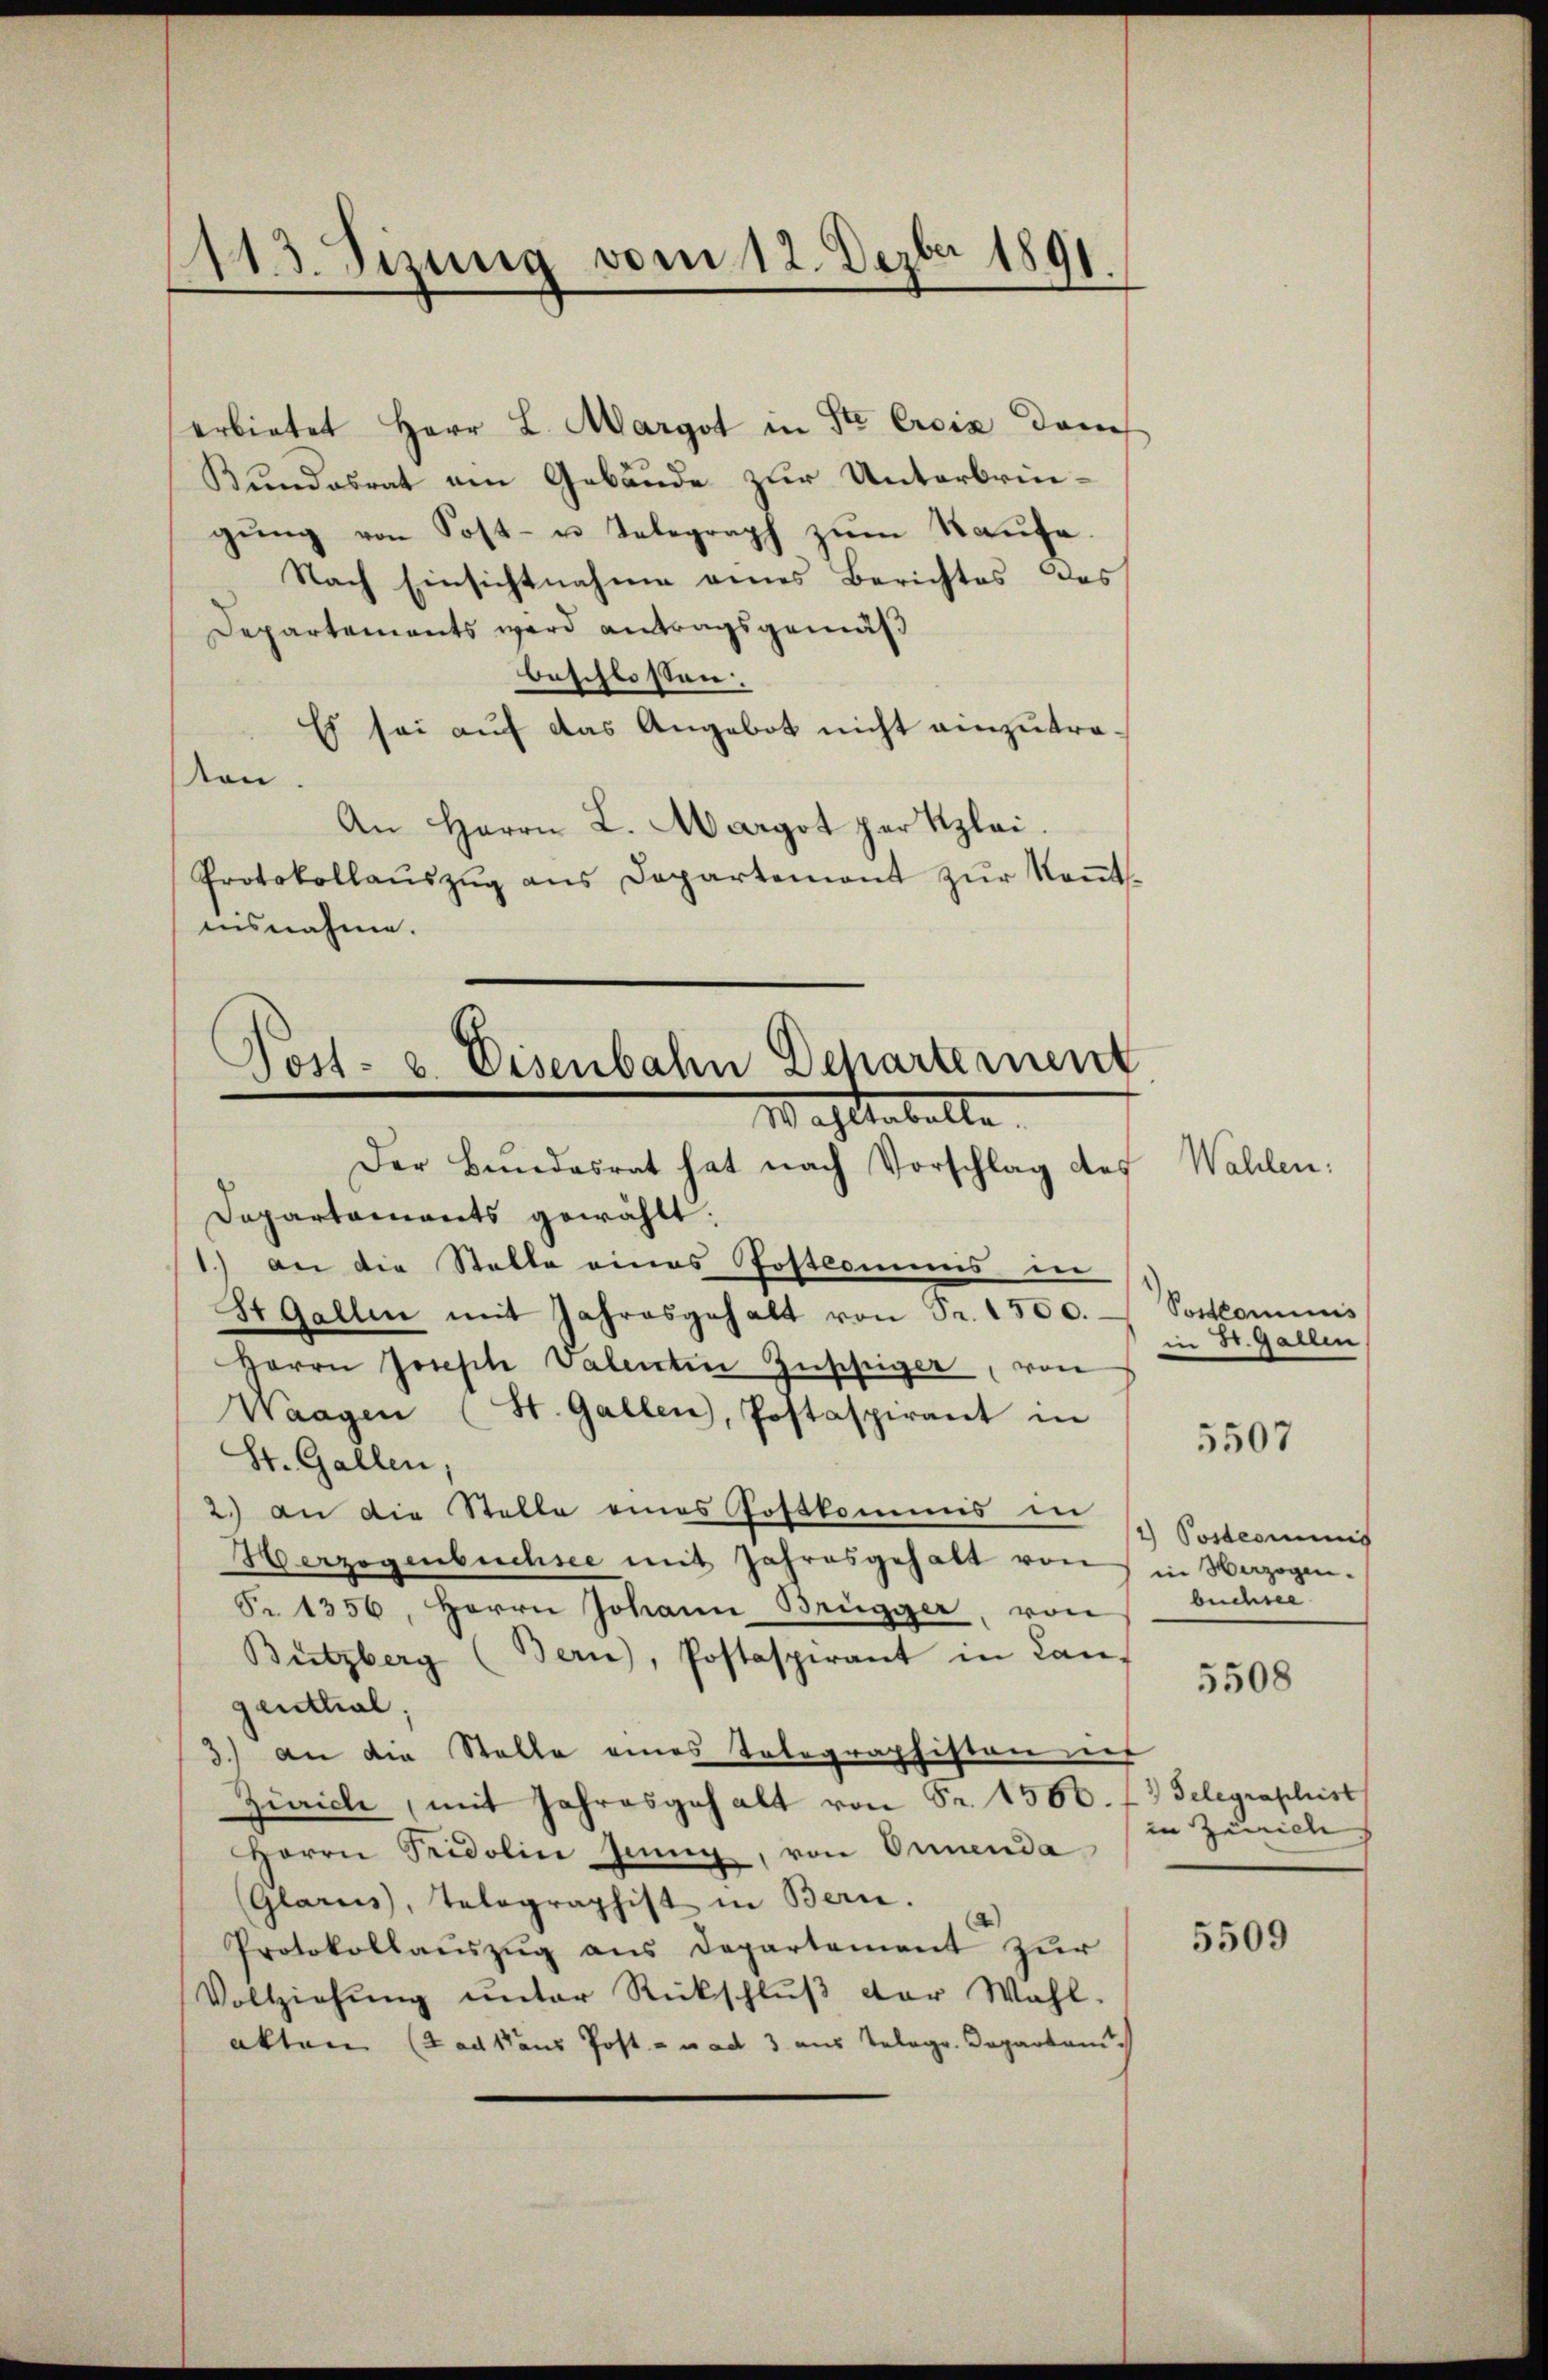
113. Sizung vom 12. Dezbr 1891.

erbietet Herr L. Margot in Str. Ersis dam
Kundesrat am Gebäude zur Unterbringŭng von Post- u. Telegraph zum Raufe.
Nach Einsichtnahme eines Berichtes des
Departements wird antragsgemäß
beschlossen:
Es sei auf das Angebot nicht einzutravon.
An Herrn L. Margot per Klei
Protokollauszug aus Departement zur Kenntnisnahme.

Post- u. Eisenbahn Departement
Wachtebelte.

Der Bundesrat hat nach Vorschlag des
Dapartaments gewählt.
1.) an die Stalle eines Postlommis in
8t Gallen mit Jahresgehalt von Fr. 1500.
Herrn Joseph Valentin Zuppiger, von
Waagen (St. Gallen, Postaspirant in
St. Gallen
2.) an die Stelle eines Postkommis in
Herzogenbuchsee mit Jahresgehalt von in Vazogen-
Pr. 1356, Herrn Johann Brügger, von
Butzberg (Bern), Postaspirant in Can-
genthal;
3.) an die Stalle eines Telegraphiston auf
Zürich, mit Jahresgehalt von Fr. 1560.
Herrn Pridolin Jenny, von Orienda
(Glarus, Telegraphist in Bern.
Protokollaŭszŭg ans Departement zur
Vollziehŭng ŭnter Rückschlŭβ der Wahl.
aktum (Backens Post- und 3 aus Telegr. Departen.

Wählen.

Soctlominis
in Dr. Garten

5507

2) Postcommis
buchsee

5508

2) Gelegraphist
in Zürich

5509